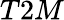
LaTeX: {T2M}